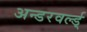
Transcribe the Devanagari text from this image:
अन्डरवर्ल्ड्